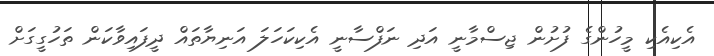
އެކިއެކި މީހުންގެ ފުށުން ޖިސްމާނީ އަދި ނަފްސާނީ އެކިކަހަލަ އަނިޔާތައް ދީފައިވާކަން ތަހުގީގަށް